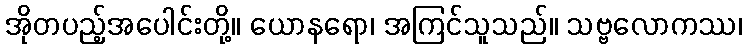
အိုတပည့်အပေါင်းတို့။ ယောနရော၊ အကြင်သူသည်။ သဗ္ဗလောကဿ၊